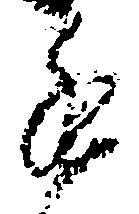
進